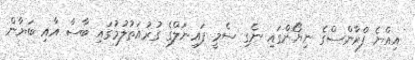
އިއްޔެ ފްރާންސްގެ ނިޔޯންގައި ނެގި ސެމީ ފައިނަލްގެ ގުރުއަތުލުމުގައި ބާސާ އާއި ބަޔާން